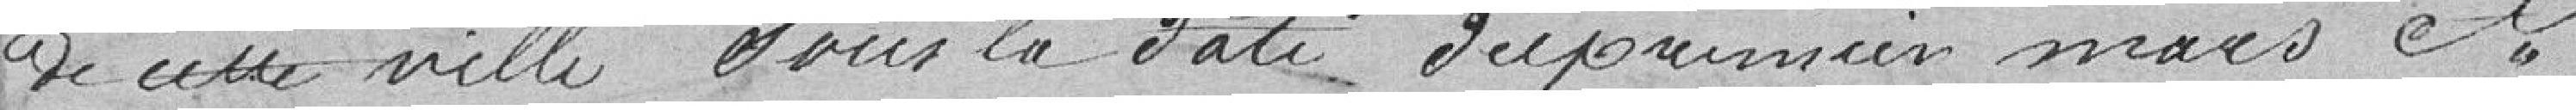
de cette ville dans la date du premier mars, et